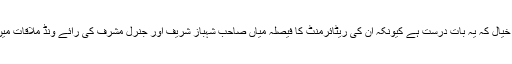
’’میرا نہیں خیال کہ یہ بات درست ہے کیونکہ ان کی ریٹائرمنٹ کا فیصلہ میاں صاحب شہباز شریف اور جنرل مشرف کی رائے ونڈ ملاقات میں ہوگیا تھا۔